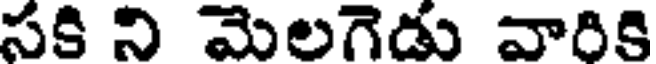
సకి ని మెలగెడు వారికి